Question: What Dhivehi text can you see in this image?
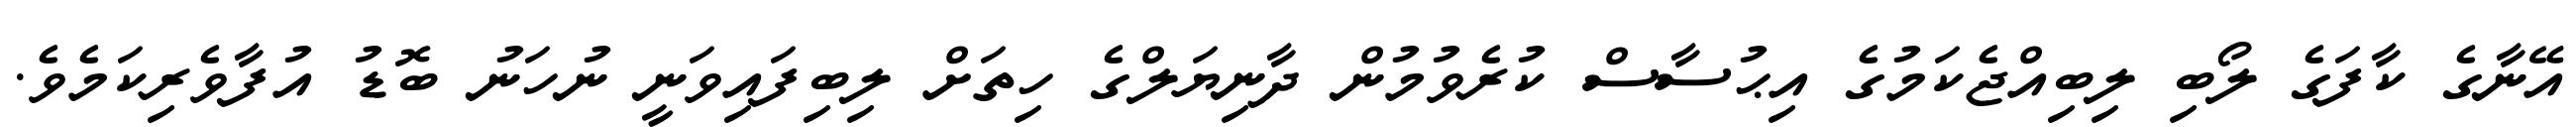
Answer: އޭނާގެ ކާފަގެ ލޯބި ލިބިއްޖެކަމުގެ އިޙުސާސް ކުރެވުމުން ދާނިޔަލްގެ ހިތަށް ލިބިފައިވަނީ ނުހަނު ބޮޑު އުފާވެރިކަމެވެ.